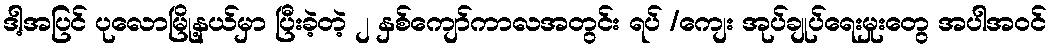
ဒါ့အပြင် ပုလောမြို့နယ်မှာ ပြီးခဲ့တဲ့ ၂ နှစ်ကျော်ကာလအတွင်း ရပ် /ကျေး အုပ်ချုပ်ရေးမှုးတွေ အပါအဝင်